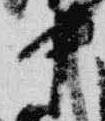
中